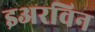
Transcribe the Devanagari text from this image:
इअरविन